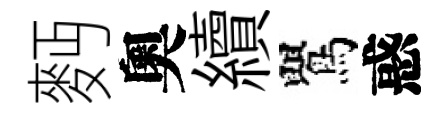
麪奧續鸎惑